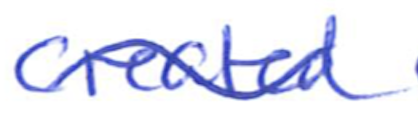
Text: created
Cross-out: wave
Writing tool: ballpoint